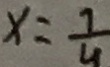
x = \frac { 7 } { 4 }